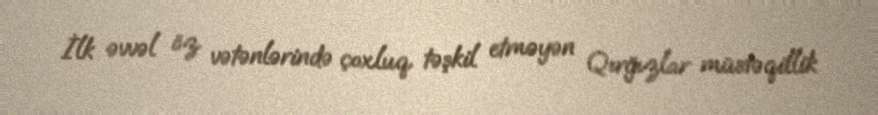
İlk əvvəl öz vətənlərində çoxluq təşkil etməyən Qırğızlar müstəqillik